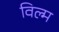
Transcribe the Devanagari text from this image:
विल्म